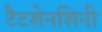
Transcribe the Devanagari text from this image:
टैटशेनशिनी